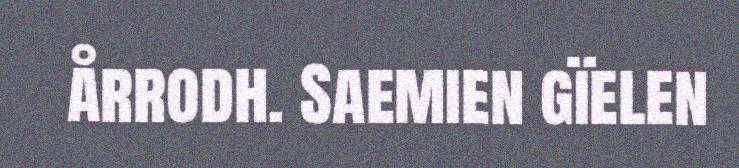
årrodh. Saemien gïelen